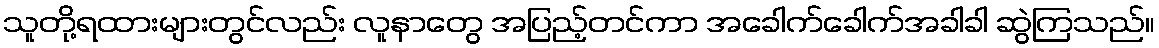
သူတို့ရထားများတွင်လည်း လူနာတွေ အပြည့်တင်ကာ အခေါက်ခေါက်အခါခါ ဆွဲကြသည်။